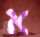
א